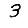
Digit: 3